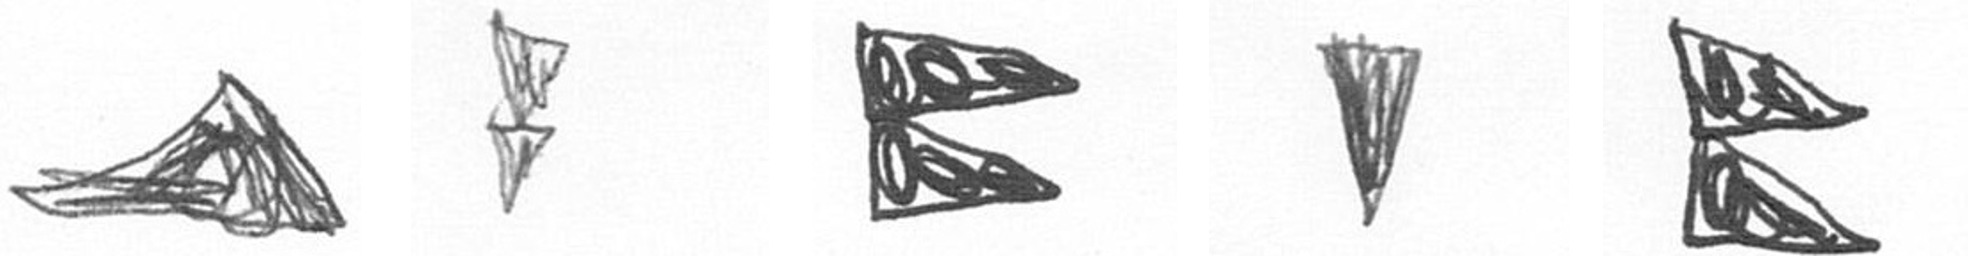
O Z P J P